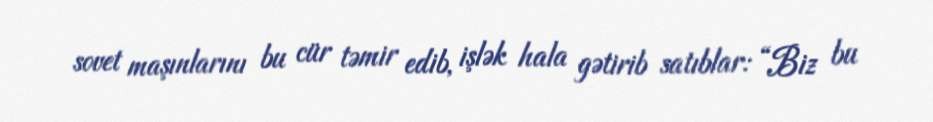
sovet maşınlarını bu cür təmir edib, işlək hala gətirib satıblar: “Biz bu